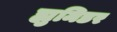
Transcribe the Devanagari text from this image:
ह्युमिडर